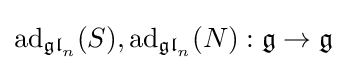
\operatorname {ad} _{{\mathfrak {gl}}_{n}}(S),\operatorname {ad} _{{\mathfrak {gl}}_{n}}(N):{\mathfrak {g}}\to {\mathfrak {g}}